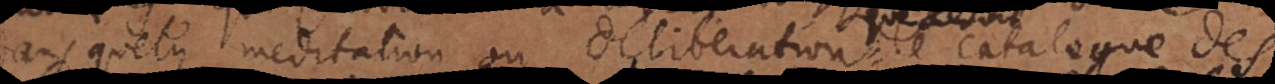
que meditation ou deliberation le catalogue des